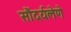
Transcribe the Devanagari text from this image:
सौंदर्यलेणे